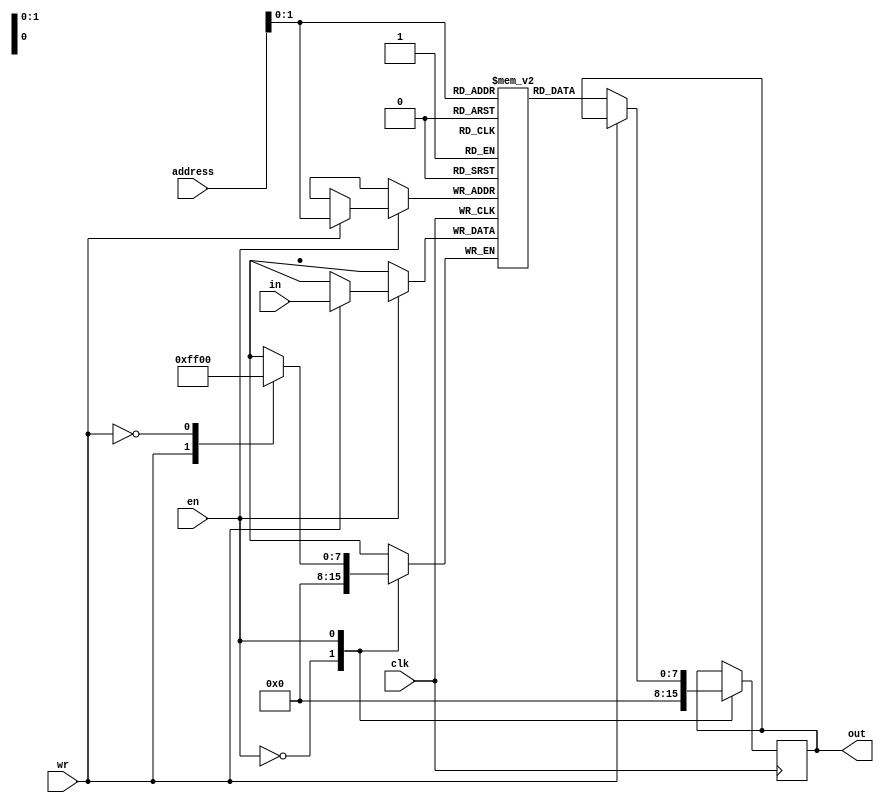
`timescale 1ns / 1ps

module single_port_ram(clk,en,wr,address,in,out);
	 
	 input clk,en,wr;
	 input [3:0]address;
	 input [7:0]in;
    output reg [7:0]out;
	 reg [7:0]memory[0:3];
	 
	 always @ (posedge clk)
	 
	 begin
	 case(en)
	 
	 0: out<= 8'd0;
	 
	 1: case(wr)
	 
	     1:  memory[address]<= in;
		  
		  0:  out<= memory[address];
		  
		  endcase
		  
		  endcase
	 
	 end
endmodule